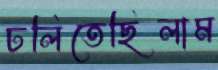
ঢলিতেছিলাম